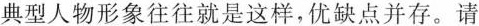
典型人物形象往往就是这样，优缺点并存。请